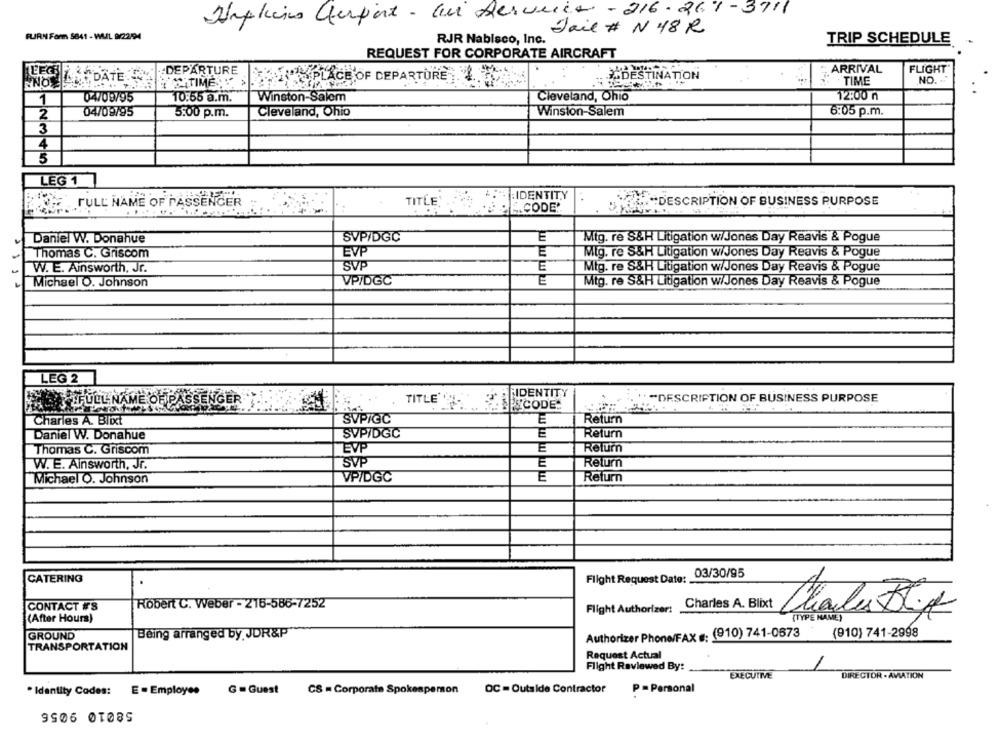
Hapkiis Cherport - au Service -216-269-3711
FURN Farm 5841 - WUL 9/22594
Jail # N 48 R
RJR Nabisco, Inc.
TRIP SCHEDULE
REQUEST FOR CORPORATE AIRCRAFT
:DEPARTURE
ITS PLACE OF DEPARTURE .
ARRIVAL
FLIGHT
SEEDATE
SATIME
DESTINATION
TIME
NO.
NO
Winston-Salem
12:00 n
1
04709795
10:55 a.m.
Cleveland, Ohio
04/09795
Cleveland, Ohio
Winston-Salem
6:05 p.m.
2
5:00 p.m.
3
4
3
LEG 1
IDENTITY
FULL NAME OF PASSENGER
TITLE: ...
E.CODE.
DESCRIPTION OF BUSINESS PURPOSE
E
Daniel W. Donahue
SVPIDGC
Mig. re S&H Litigation w/Jones Day Reavis & Pogue
EVP
E
Thomas C. Griscom
Mig. re S&H Litigation w/Jones Day Reavis & Pogue
SVP
E
Mtg. re S&H Litigation w/Jones Day Reavis & Pogue
W. E. Ainsworth, Jr.
Michael O. Johnson
VPIDGC
E
Mtg. re S&H Litigation w/Jones Day Reavis & Pogue
LEG 2
FIDENTITY
TITLE''
DESCRIPTION OF BUSINESS PURPOSE
ALFULL NAME OF PASSENGER
PECODE.
Charles A. Blixt
SVPIGC
E
Return
Daniel W. Donahue
SVPIDGC
E
Return
Thomas C. Griscom
EVP
E
Return
W. E. Ainsworth, Jr.
SVP
E
Return
Michael O. Johnson
VP/DGC
E
Return
CATERING
Flight Request Date:
03/30/95
CONTACT #S
Robert C. Weber - 215-586-7252
Flight Authorizer:
Charles A. Blixt
Chialu BLA
(After Hours)
GROUND
Being arranged by JDR&P
Authorizer Phone/FAX : (910) 741-0673 (910) 741-2998
TRANSPORTATION
Request Actual
Flight Reviewed By:
EXECUTIVE
DIRECTOR · AVIATION
E . Employee
G =Guest
CS = Corporate Spokesperson
OC - Outside Contractor
P =Personal
. Identity Codes:
58010 9056